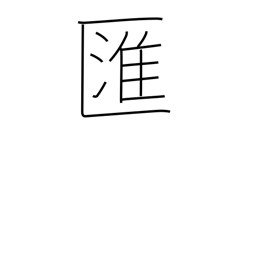
Meaning: swirl